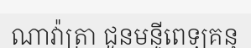
ណាវ៉ាត្រា ជូនមន្ទីពេទ្យគន្ធ